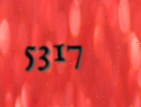
5317